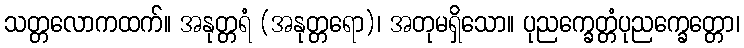
သတ္တလောကထက်။ အနုတ္တရံ (အနုတ္တရော)၊ အတုမရှိသော။ ပုညက္ခေတ္တံပုညက္ခေတ္တော၊